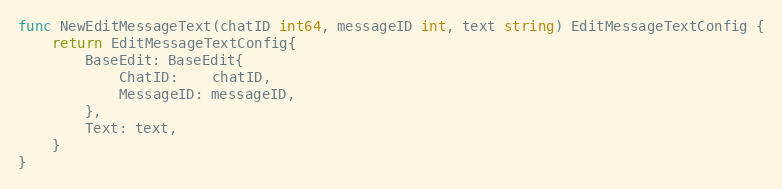
Language: Go
func NewEditMessageText(chatID int64, messageID int, text string) EditMessageTextConfig {
	return EditMessageTextConfig{
		BaseEdit: BaseEdit{
			ChatID:    chatID,
			MessageID: messageID,
		},
		Text: text,
	}
}